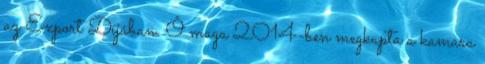
az Export Díjában. Ô maga 2014-ben megkapta a kamara